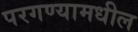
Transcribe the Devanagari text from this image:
परगण्यामधील